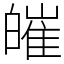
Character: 皠